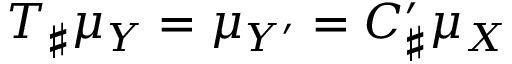
T _ { \sharp } \mu _ { Y } = \mu _ { Y ^ { \prime } } = C _ { \sharp } ^ { \prime } \mu _ { X }